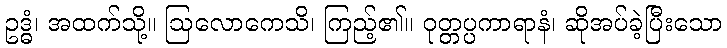
ဥဒ္ဓံ၊ အထက်သို့။ ဩလောကေသိ၊ ကြည့်၏။ ဝုတ္တပ္ပကာရာနံ၊ ဆိုအပ်ခဲ့ပြီးသော